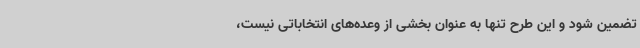
تضمین شود و این طرح تنها به عنوان بخشی از وعده‌های انتخاباتی نیست،